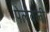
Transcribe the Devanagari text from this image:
पेलवली